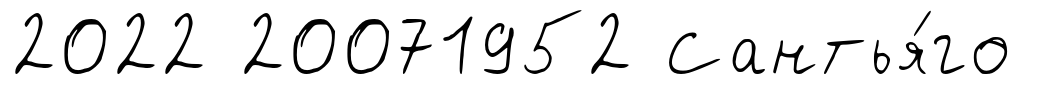
2022 20071952 Сантья́го